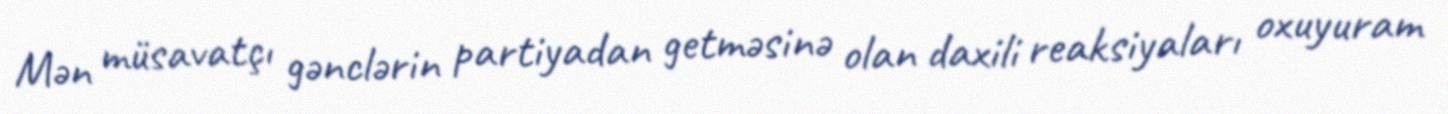
Mən müsavatçı gənclərin partiyadan getməsinə olan daxili reaksiyaları oxuyuram